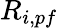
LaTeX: R_{i,pf}